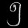
Digit: ၅